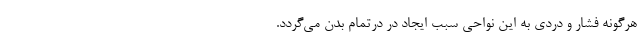
هرگونه فشار و دردی به این نواحی سبب ایجاد در درتمام بدن می‌گردد.